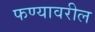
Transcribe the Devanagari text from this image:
फण्यावरील